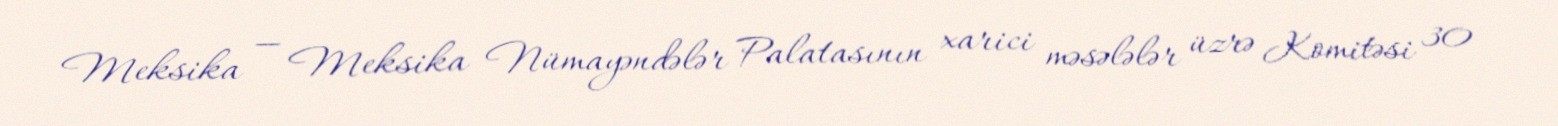
Meksika — Meksika Nümayəndələr Palatasının xarici məsələlər üzrə Komitəsi 30